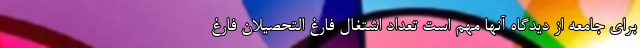
برای جامعه از دیدگاه آنها مهم است تعداد اشتغال فارغ التحصیلان فارغ